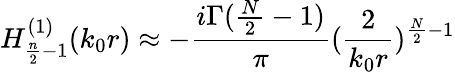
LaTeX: H_{\frac{n}{2}-1}^{(1)}(k_{0}r)\approx-\frac{i\Gamma(\frac{N}{2}-1)}{\pi}(\frac{2}{k_{0}r})^{\frac{N}{2}-1}